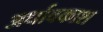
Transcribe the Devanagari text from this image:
अर्धावकाश